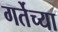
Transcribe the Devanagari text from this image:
गर्तेच्या